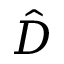
\hat { D }